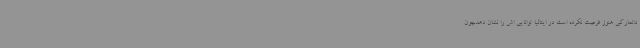
دانمارکی هنوز فرصت نکرده است در ایتالیا توانایی اش را نشان دهدچون